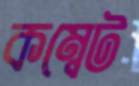
কম্বেট